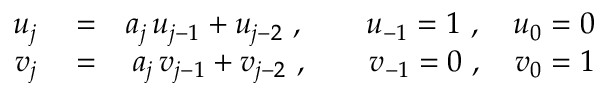
\begin{array} { r l r } { u _ { j } } & { { } = } & { a _ { j } \, u _ { j - 1 } + u _ { j - 2 } \ , \qquad u _ { - 1 } = 1 \ , \quad u _ { 0 } = 0 } \\ { v _ { j } } & { { } = } & { a _ { j } \, v _ { j - 1 } + v _ { j - 2 } \ , \qquad v _ { - 1 } = 0 \ , \quad v _ { 0 } = 1 } \end{array}